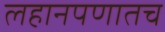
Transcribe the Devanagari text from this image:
लहानपणातच